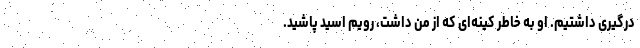
درگیری داشتیم. او به خاطر کینه‌ای که از من داشت، رویم اسید پاشید.